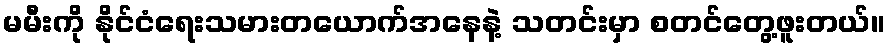
မမီးကို နိုင်ငံရေးသမားတယောက်အနေနဲ့ သတင်းမှာ စတင်တွေ့ဖူးတယ်။